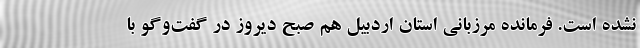
نشده است. فرمانده مرزبانی استان اردبیل هم صبح دیروز در گفت‌وگو با